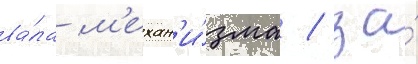
ва́ла м'ехан'и́зма / за́